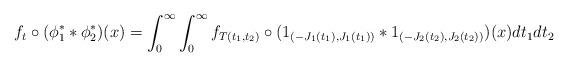
LaTeX: \begin{align*} f_t \circ ( \phi_1^* * \phi_2^* ) (x) = \int_{0}^{\infty} \int_{0}^{\infty} f_{T(t_1,t_2)} \circ ( 1_{(-J_1(t_1),J_1(t_1))} * 1_{(-J_2(t_2),J_2(t_2))} ) (x) dt_1 dt_2 \end{align*}